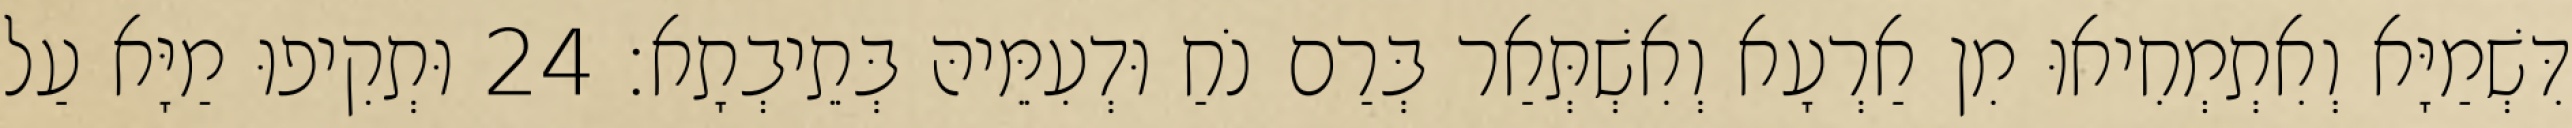
דִּשְׁמַיָּא וְאִתְמְחִיאוּ מִן אַרְעָא וְאִשְׁתְּאַר בְּרַם נֹחַ וּדְעִמֵּיהּ בְּתֵיבְתָא׃ 24 וּתְקִיפוּ מַיָּא עַל